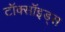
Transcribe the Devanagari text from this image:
टॉक्सॉइड्स